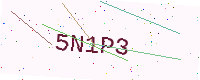
Text: 5N1P3